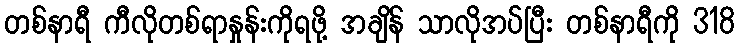
တစ်နာရီ ကီလိုတစ်ရာနှုန်းကိုရဖို့ အချိန် သာလိုအပ်ပြီး တစ်နာရီကို 318